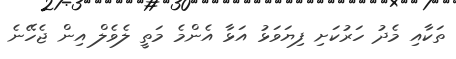
ތަކާއި މެދު ހަރުކަށި ފިޔަވަޅު އަޅާ އެންމެ މަތީ ލެވެލް އިން ޖެހޭނެ